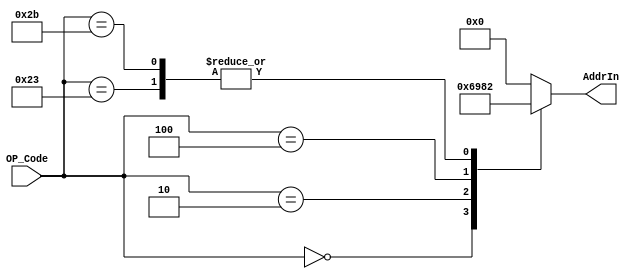
`timescale 1ns/1ps
module ROM1 (
    input [5:0] OP_Code,
    output reg [3:0] AddrIn
);
    always @(*) begin
        AddrIn = 4'b0000;
        case(OP_Code)
            6'b000000:
                AddrIn = 4'b0110;
            6'b000010:
                AddrIn = 4'b1001;
            6'b000100:
                AddrIn = 4'b1000;
            6'b100011:
                AddrIn = 4'b0010;
            6'b101011:
                AddrIn = 4'b0010;
        endcase
    end
endmodule